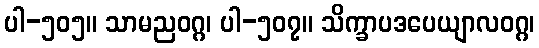
ပါ-၅၀၅။ သာမညဝဂ္ဂ၊ ပါ-၅၀၇။ သိက္ခာပဒပေယျာလဝဂ္ဂ၊